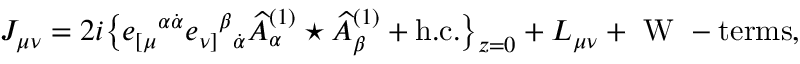
J _ { \mu \nu } = 2 i \big \{ e _ { [ \mu } { } ^ { \alpha \dot { \alpha } } e _ { \nu ] } { } ^ { \beta } { } _ { \dot { \alpha } } \widehat A _ { \alpha } ^ { ( 1 ) } \star \widehat A _ { \beta } ^ { ( 1 ) } + \mathrm { h . c . } \big \} _ { z = 0 } + L _ { \mu \nu } + \mathrm { ~ W ~ - t e r m s } ,